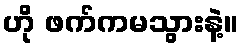
ဟို ဖက်ကမသွားနဲ့။